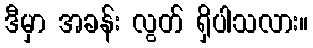
ဒီမှာ အခန်း လွတ် ရှိပါသလား။